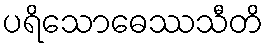
ပရိသောဓေဿသီတိ